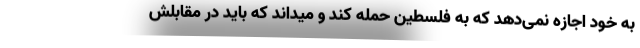
به خود اجازه نمی‌دهد که به فلسطین حمله کند و میداند که باید در مقابلش